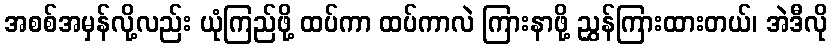
အစစ်အမှန်လို့လည်း ယုံကြည်ဖို့ ထပ်ကာ ထပ်ကာလဲ ကြားနာဖို့ ညွှန်ကြားထားတယ်၊ အဲဒီလို